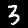
Digit: 3